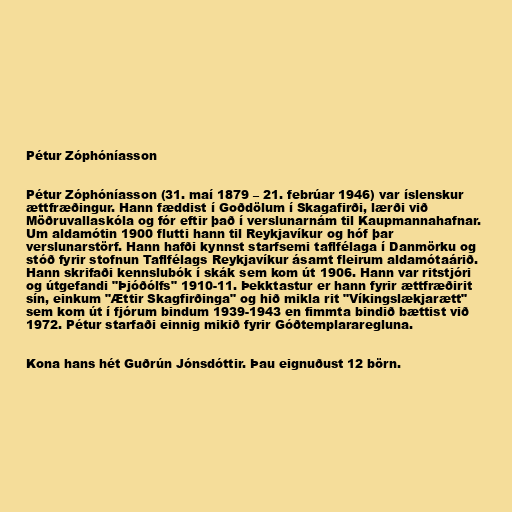
Pétur Zóphóníasson

Pétur Zóphóníasson (31. maí 1879 – 21. febrúar 1946) var íslenskur
ættfræðingur. Hann fæddist í Goðdölum í Skagafirði, lærði við
Möðruvallaskóla og fór eftir það í verslunarnám til Kaupmannahafnar.
Um aldamótin 1900 flutti hann til Reykjavíkur og hóf þar
verslunarstörf. Hann hafði kynnst starfsemi taflfélaga í Danmörku og
stóð fyrir stofnun Taflfélags Reykjavíkur ásamt fleirum aldamótaárið.
Hann skrifaði kennslubók í skák sem kom út 1906. Hann var ritstjóri
og útgefandi "Þjóðólfs" 1910-11. Þekktastur er hann fyrir ættfræðirit
sín, einkum "Ættir Skagfirðinga" og hið mikla rit "Víkingslækjarætt"
sem kom út í fjórum bindum 1939-1943 en fimmta bindið bættist við
1972. Pétur starfaði einnig mikið fyrir Góðtemplararegluna.

Kona hans hét Guðrún Jónsdóttir. Þau eignuðust 12 börn.